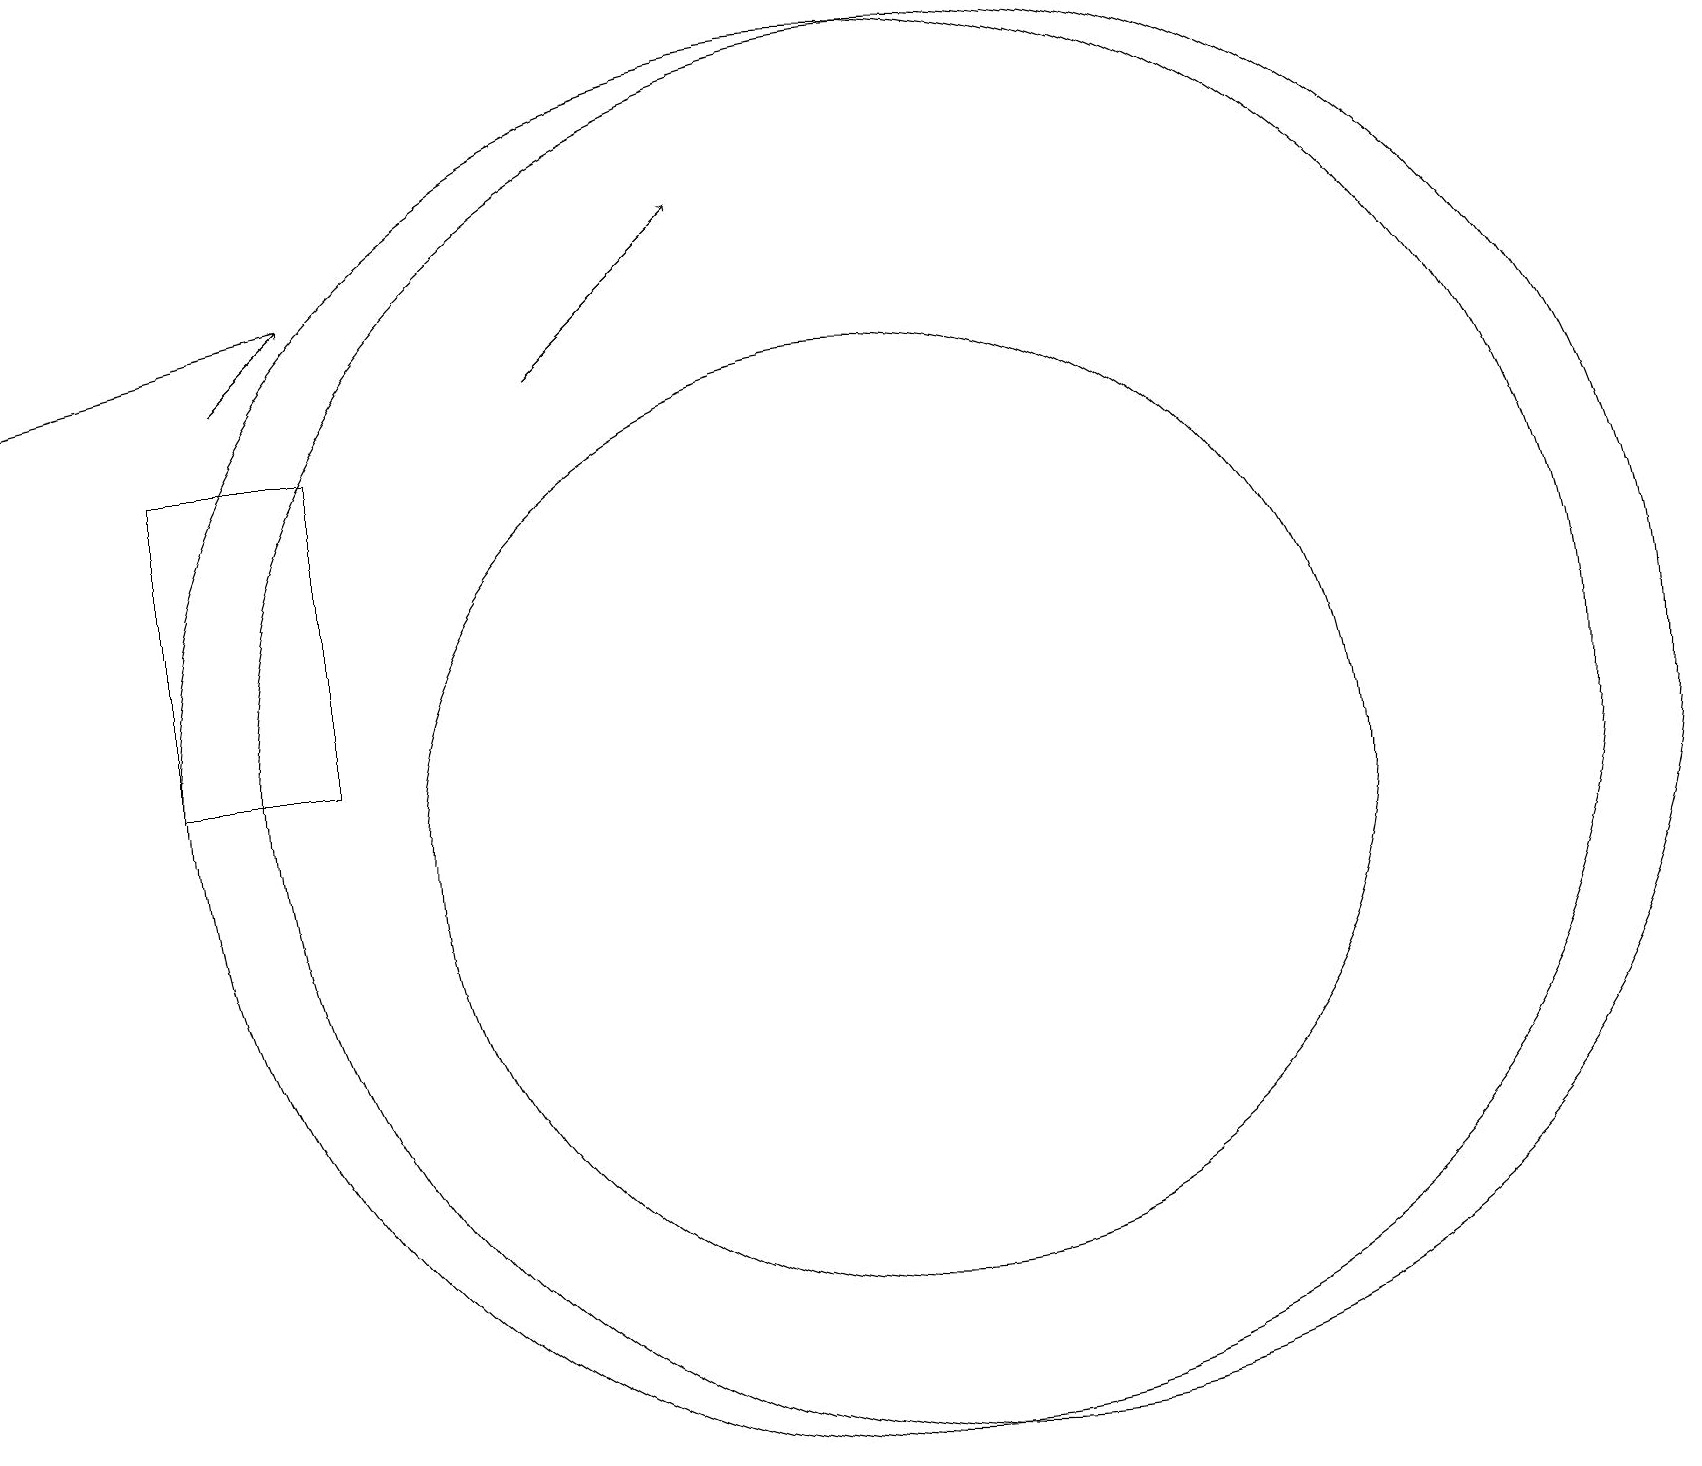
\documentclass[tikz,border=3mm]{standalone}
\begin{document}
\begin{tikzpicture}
\draw[->] (7,16) -- (9,18);
\draw (2,11) rectangle (4,15);
\draw[->] (4,17) -- (0,16);
\draw (11,11) circle (9);
\draw[->] (3,16) -- (4,17);
\draw (12,11) circle (9);
\draw (11,10) circle (6);
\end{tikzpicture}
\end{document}